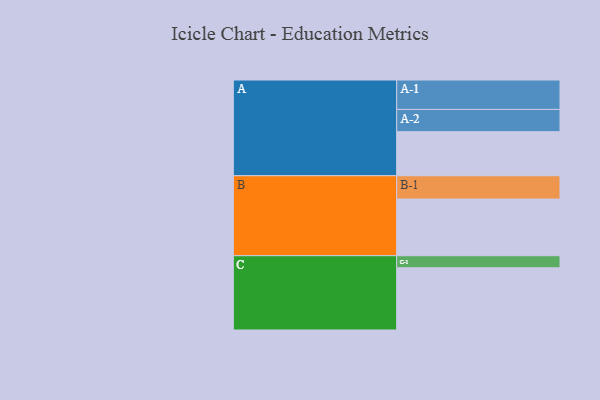
{"axis": {"x": "Segment", "y": "Value"}, "legend": ["", "A", "B", "C"], "data": [{"x": "A", "y": 419, "type": ""}, {"x": "B", "y": 539, "type": ""}, {"x": "C", "y": 592, "type": ""}, {"x": "A-1", "y": 280, "type": "A"}, {"x": "A-2", "y": 212, "type": "A"}, {"x": "B-1", "y": 222, "type": "B"}, {"x": "C-1", "y": 115, "type": "C"}]}